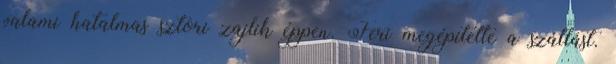
valami hatalmas sztori zajlik éppen. Feri megépítette a szállást.